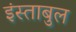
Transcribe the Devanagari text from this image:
इंस्ताबुल